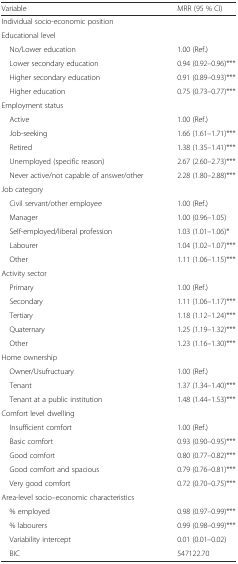
<table><thead><tr><td><b>Variable</b></td><td><b>MRR (95 % CI)</b></td></tr></thead><tbody><tr><td colspan="2">Individual socio-economic position</td></tr><tr><td colspan="2">Educational level</td></tr><tr><td> No/Lower education</td><td>1.00 (Ref.)</td></tr><tr><td> Lower secondary education</td><td>0.94 (0.92–0.96)***</td></tr><tr><td> Higher secondary education</td><td>0.91 (0.89–0.93)***</td></tr><tr><td> Higher education</td><td>0.75 (0.73–0.77)***</td></tr><tr><td colspan="2">Employment status</td></tr><tr><td> Active</td><td>1.00 (Ref.)</td></tr><tr><td> Job-seeking</td><td>1.66 (1.61–1.71)***</td></tr><tr><td> Retired</td><td>1.38 (1.35–1.41)***</td></tr><tr><td> Unemployed (specific reason)</td><td>2.67 (2.60–2.73)***</td></tr><tr><td> Never active/not capable of answer/other</td><td>2.28 (1.80–2.88)***</td></tr><tr><td colspan="2">Job category</td></tr><tr><td> Civil servant/other employee</td><td>1.00 (Ref.)</td></tr><tr><td> Manager</td><td>1.00 (0.96–1.05)</td></tr><tr><td> Self-employed/liberal profession</td><td>1.03 (1.01–1.06)*</td></tr><tr><td> Labourer</td><td>1.04 (1.02–1.07)***</td></tr><tr><td> Other</td><td>1.11 (1.06–1.15)***</td></tr><tr><td colspan="2">Activity sector</td></tr><tr><td> Primary</td><td>1.00 (Ref.)</td></tr><tr><td> Secondary</td><td>1.11 (1.06–1.17)***</td></tr><tr><td> Tertiary</td><td>1.18 (1.12–1.24)***</td></tr><tr><td> Quaternary</td><td>1.25 (1.19–1.32)***</td></tr><tr><td> Other</td><td>1.23 (1.16–1.30)***</td></tr><tr><td colspan="2">Home ownership</td></tr><tr><td> Owner/Usufructuary</td><td>1.00 (Ref.)</td></tr><tr><td> Tenant</td><td>1.37 (1.34–1.40)***</td></tr><tr><td> Tenant at a public institution</td><td>1.48 (1.44–1.53)***</td></tr><tr><td colspan="2">Comfort level dwelling</td></tr><tr><td> Insufficient comfort</td><td>1.00 (Ref.)</td></tr><tr><td> Basic comfort</td><td>0.93 (0.90–0.95)***</td></tr><tr><td> Good comfort</td><td>0.80 (0.77–0.82)***</td></tr><tr><td> Good comfort and spacious</td><td>0.79 (0.76–0.81)***</td></tr><tr><td> Very good comfort</td><td>0.72 (0.70–0.75)***</td></tr><tr><td colspan="2">Area-level socio–economic characteristics</td></tr><tr><td> % employed</td><td>0.98 (0.97–0.99)***</td></tr><tr><td> % labourers</td><td>0.99 (0.98–0.99)***</td></tr><tr><td> Variability intercept</td><td>0.01 (0.01–0.02)</td></tr><tr><td> BIC</td><td>547122.70</td></tr></tbody></table>